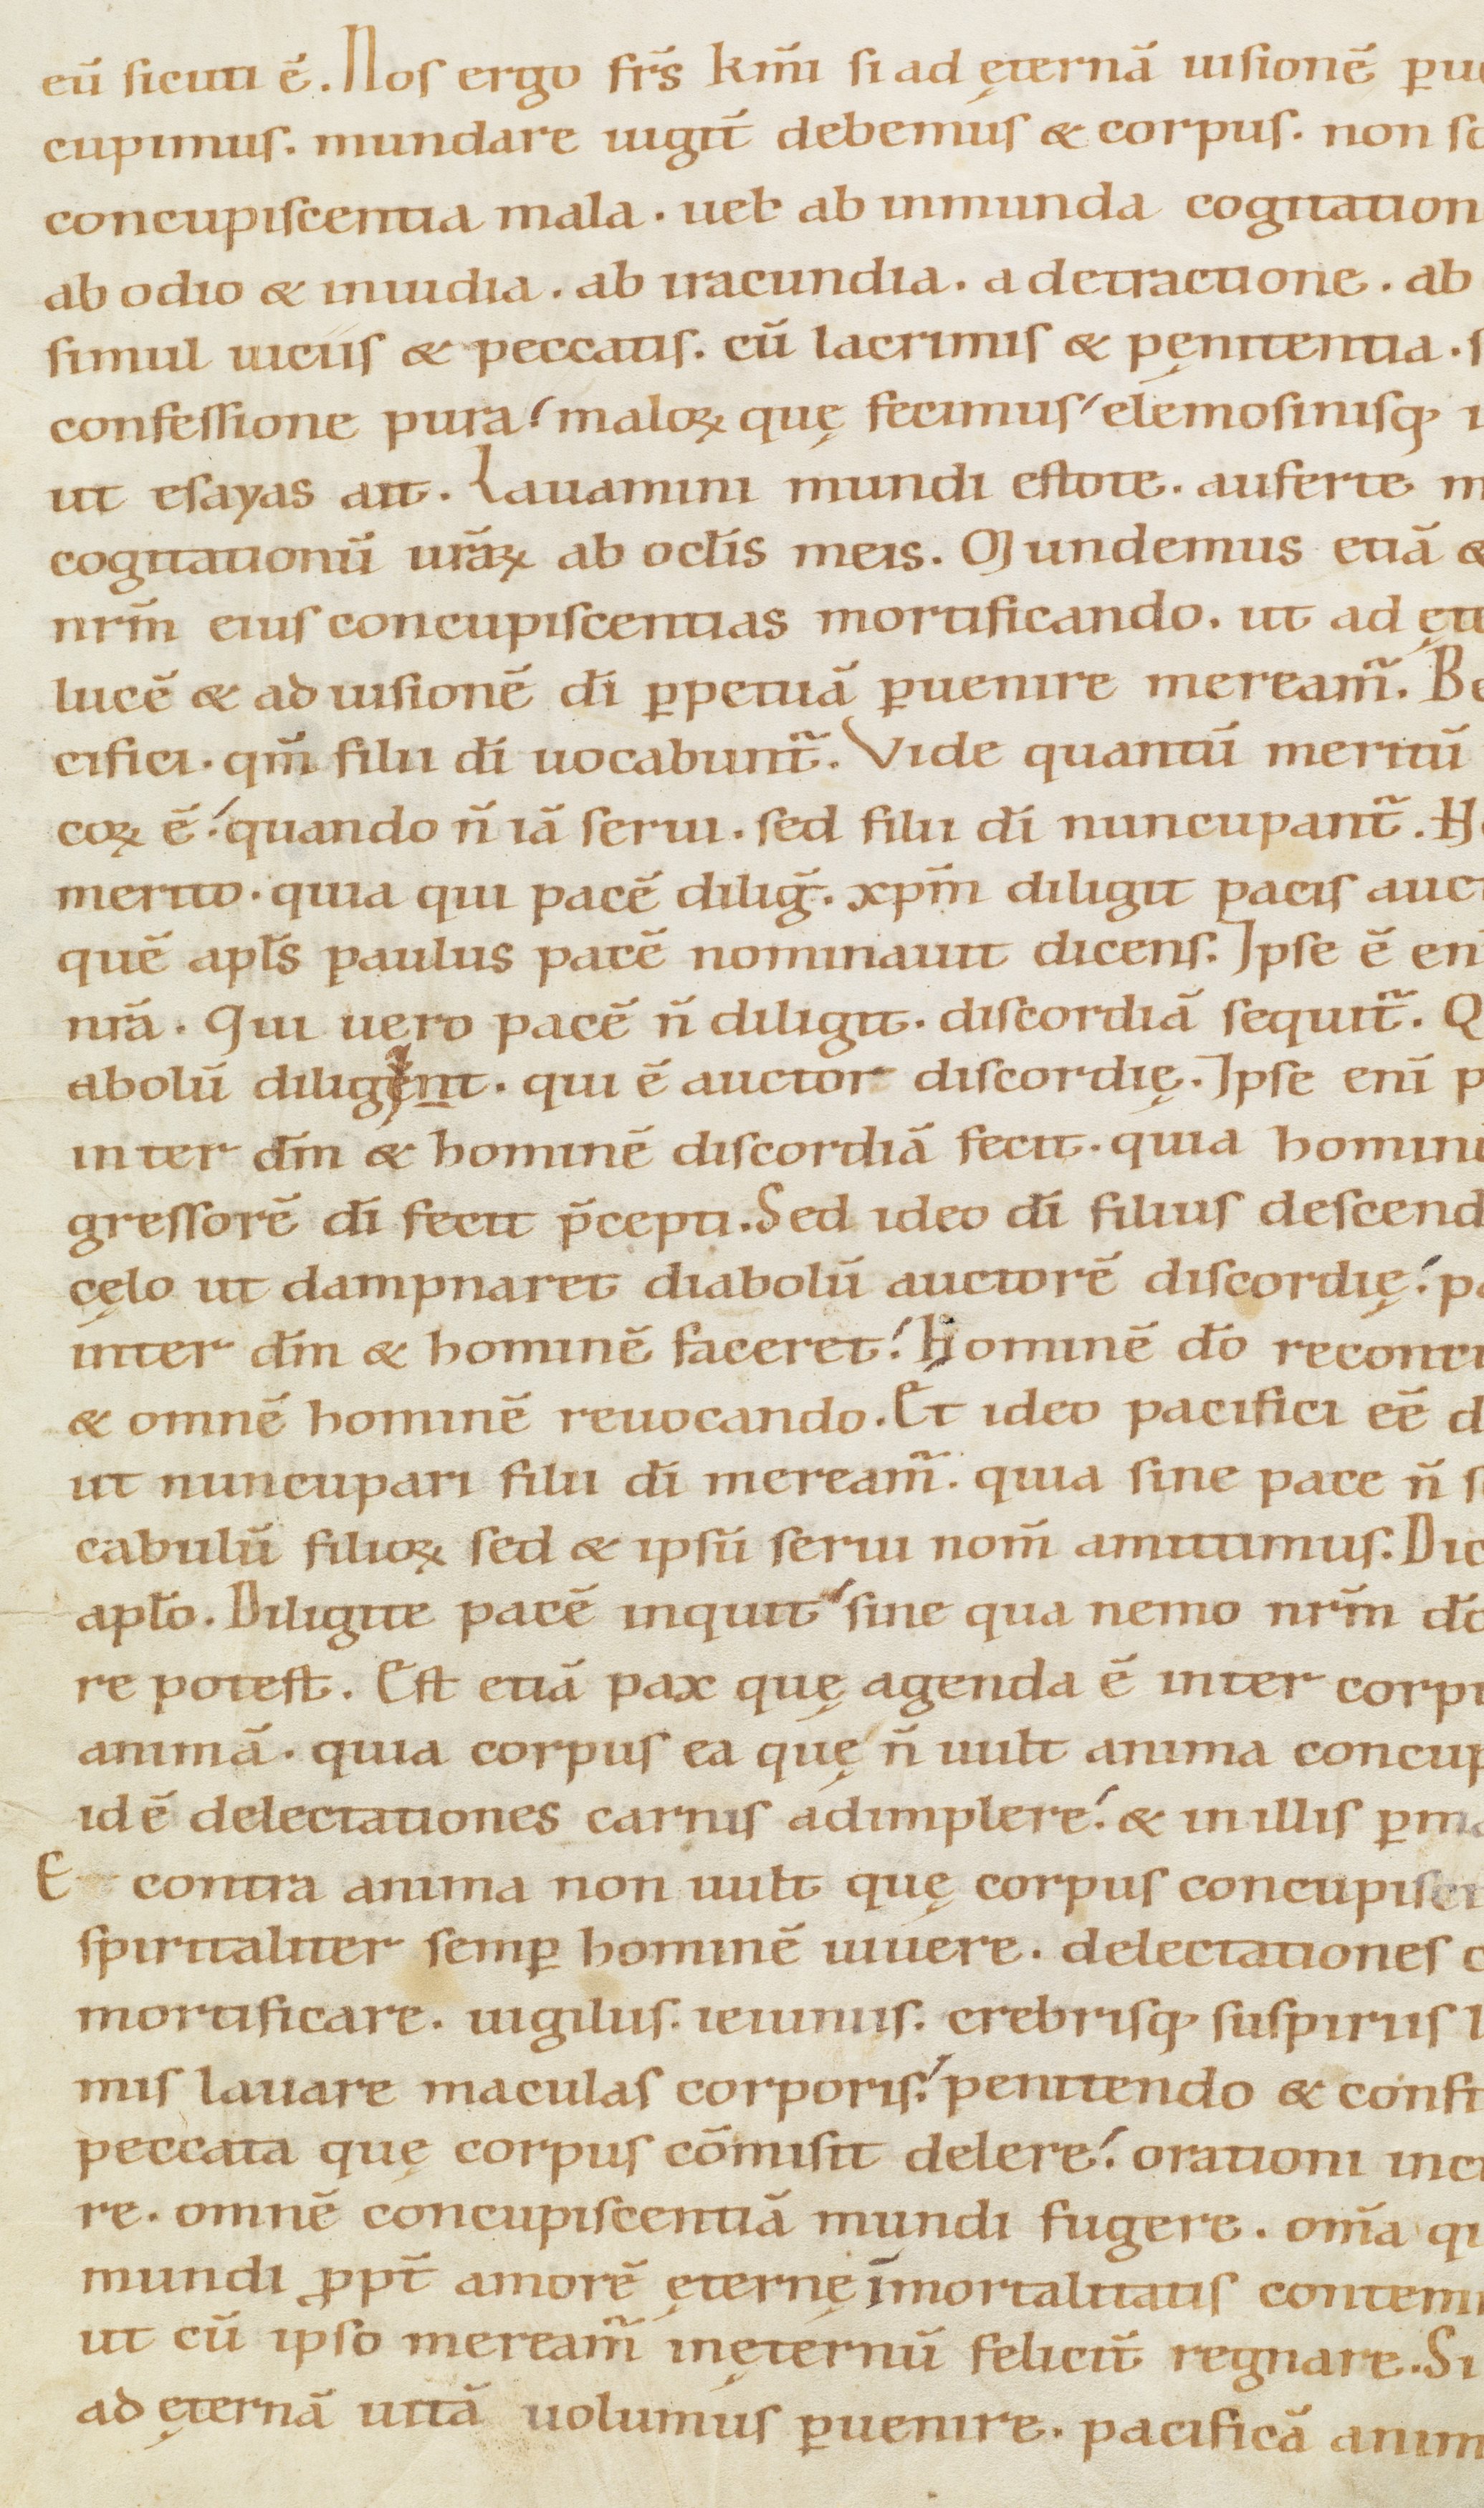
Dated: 1100–1199